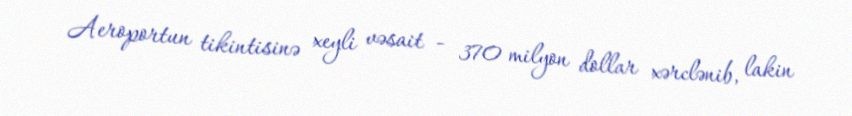
Aeroportun tikintisinə xeyli vəsait - 370 milyon dollar xərclənib, lakin